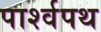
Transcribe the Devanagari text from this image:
पार्श्‍वपथ